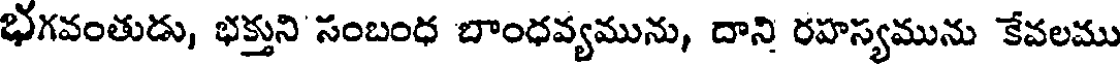
భగవంతుడు, భక్తుని సంబంధ బాంధవ్యమును, దాని రహస్యమును కేవలము